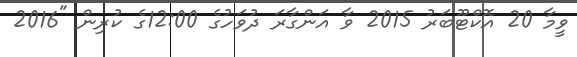
ވީމާ 20 އޮކްޓޫބަރު 2015 ވާ އަންގާރަ ދުވަހުގެ 12:00ގެ ކުރިން "2016